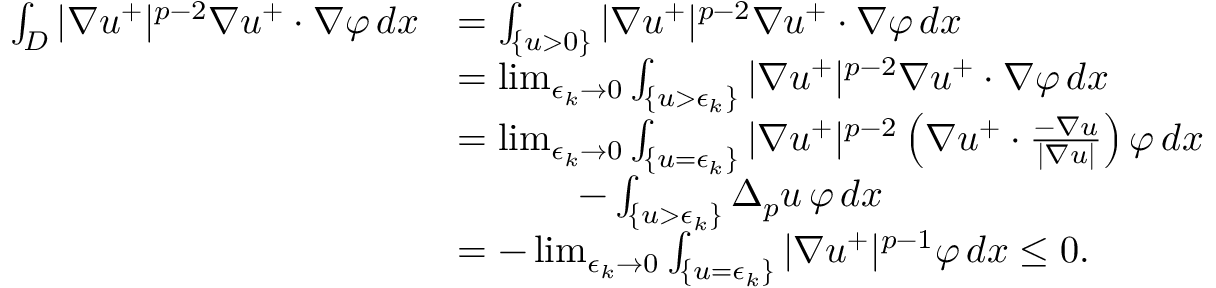
\begin{array} { r l } { \int _ { D } | \nabla u ^ { + } | ^ { p - 2 } \nabla u ^ { + } \cdot \nabla \varphi \, d x } & { = \int _ { \{ u > 0 \} } | \nabla u ^ { + } | ^ { p - 2 } \nabla u ^ { + } \cdot \nabla \varphi \, d x } \\ & { = \operatorname* { l i m } _ { \epsilon _ { k } \to 0 } \int _ { \{ u > \epsilon _ { k } \} } | \nabla u ^ { + } | ^ { p - 2 } \nabla u ^ { + } \cdot \nabla \varphi \, d x } \\ & { = \operatorname* { l i m } _ { \epsilon _ { k } \to 0 } \int _ { \{ u = \epsilon _ { k } \} } | \nabla u ^ { + } | ^ { p - 2 } \left( \nabla u ^ { + } \cdot \frac { - \nabla u } { | \nabla u | } \right) \varphi \, d x } \\ & { \qquad \quad \, - \int _ { \{ u > \epsilon _ { k } \} } \Delta _ { p } u \, \varphi \, d x } \\ & { = - \operatorname* { l i m } _ { \epsilon _ { k } \to 0 } \int _ { \{ u = \epsilon _ { k } \} } | \nabla u ^ { + } | ^ { p - 1 } \varphi \, d x \leq 0 . } \end{array}